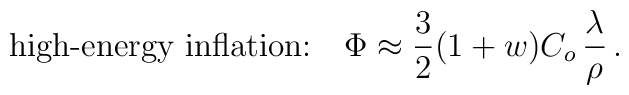
\mbox{high-energy inflation:}~~~\Phi \approx{3\over2}(1+w)C_o\,{\lambda\over \rho}\,.